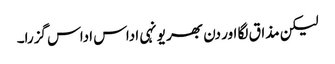
لیکن مذاق لگا اور دن بھر یونہی اداس اداس گزرا۔